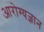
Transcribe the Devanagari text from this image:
आरोग्यज्ञान